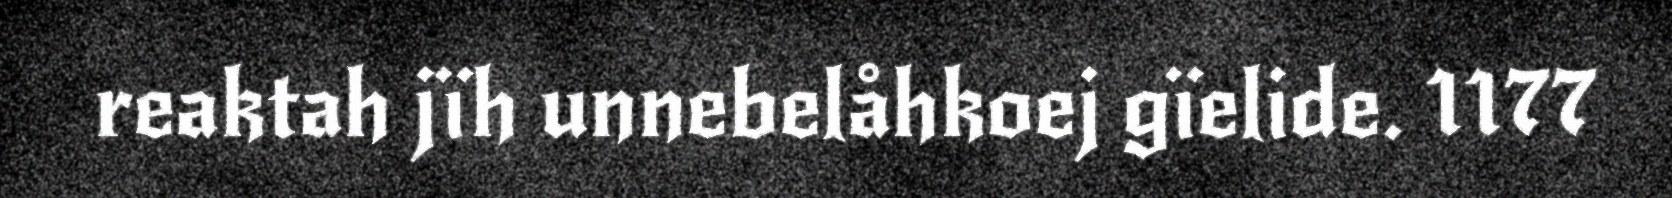
reaktah jïh unnebelåhkoej gïelide. 1177